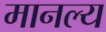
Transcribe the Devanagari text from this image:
मानल्य